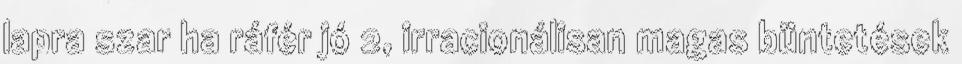
lapra szar ha ráfér jó 2, irracionálisan magas büntetések